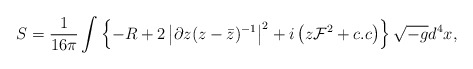
\begin{align*}S=\frac{1}{16\pi}\int \left\{-R+2\left|\partial z(z-{\bar z})^{-1}\right|^2 +i\left(z{\cal F}^2+c.c\right)\right\}\sqrt{-g}d^4x,\end{align*}